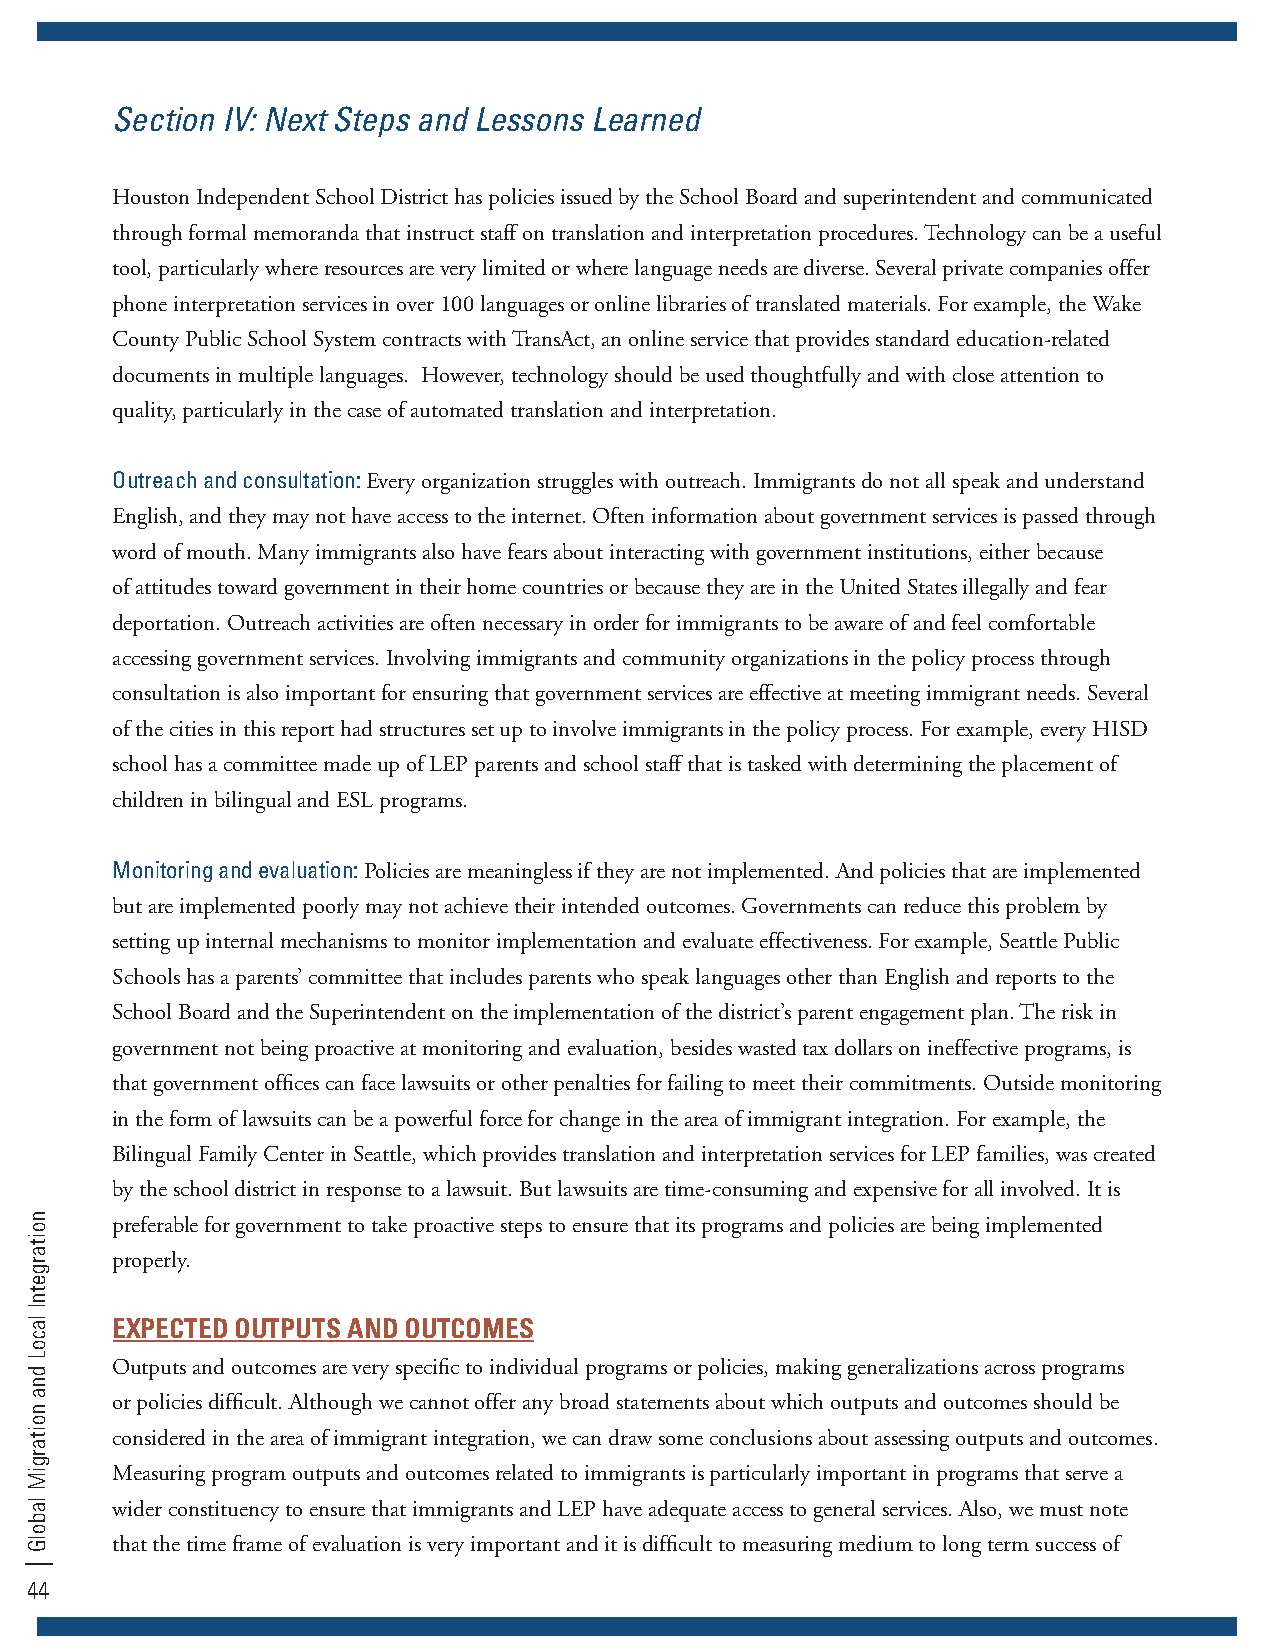
Section IV: next Steps and lessons learned
 Houston Independent School District has policies issued by the School Board and superintendent and communicated
 through formal memoranda that instruct staff on translation and interpretation procedures. Technology can be a useful
 tool, particularly where resources are very limited or where language needs are diverse. Several private companies offer
 phone interpretation services in over 100 languages or online libraries of translated materials. For example, the Wake
 County Public School System contracts with TransAct, an online service that provides standard education-related
 documents in multiple languages. However, technology should be used thoughtfully and with close attention to
 quality, particularly in the case of automated translation and interpretation.
 Outreach and consultation: Every organization struggles with outreach. Immigrants do not all speak and understand
 English, and they may not have access to the internet. Often information about government services is passed through
 word of mouth. Many immigrants also have fears about interacting with government institutions, either because
 of attitudes toward government in their home countries or because they are in the United States illegally and fear
 deportation. Outreach activities are often necessary in order for immigrants to be aware of and feel comfortable
 accessing government services. Involving immigrants and community organizations in the policy process through
 consultation is also important for ensuring that government services are effective at meeting immigrant needs. Several
 of the cities in this report had structures set up to involve immigrants in the policy process. For example, every HISD
 school has a committee made up of LEP parents and school staff that is tasked with determining the placement of
 children in bilingual and ESL programs.
 Monitoring and evaluation: Policies are meaningless if they are not implemented. And policies that are implemented
 but are implemented poorly may not achieve their intended outcomes. Governments can reduce this problem by
 setting up internal mechanisms to monitor implementation and evaluate effectiveness. For example, Seattle Public
 Schools has a parents’ committee that includes parents who speak languages other than English and reports to the
 School Board and the Superintendent on the implementation of the district’s parent engagement plan. The risk in
 government not being proactive at monitoring and evaluation, besides wasted tax dollars on ineffective programs, is
 that government offices can face lawsuits or other penalties for failing to meet their commitments. Outside monitoring
 in the form of lawsuits can be a powerful force for change in the area of immigrant integration. For example, the
 Bilingual Family Center in Seattle, which provides translation and interpretation services for LEP families, was created
 by the school district in response to a lawsuit. But lawsuits are time-consuming and expensive for all involved. It is
 preferable for government to take proactive steps to ensure that its programs and policies are being implemented
 properly.
 EXPECTED OUTPUTS AND OUTCOMES
 Outputs and outcomes are very specific to individual programs or policies, making generalizations across programs
 or policies difficult. Although we cannot offer any broad statements about which outputs and outcomes should be
 considered in the area of immigrant integration, we can draw some conclusions about assessing outputs and outcomes.
 Measuring program outputs and outcomes related to immigrants is particularly important in programs that serve a
 wider constituency to ensure that immigrants and LEP have adequate access to general services. Also, we must note
 that the time frame of evaluation is very important and it is difficult to measuring medium to long term success of
 44
 noitargetnI
 lacoL
 dna
 noitargiM
 labolG